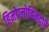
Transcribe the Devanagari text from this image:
हिमोग्लोबिनद्वारे